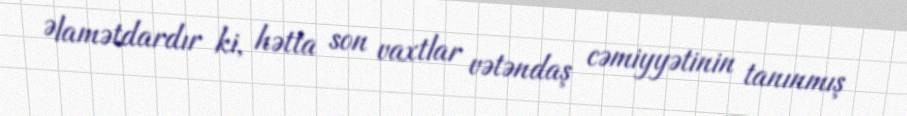
Əlamətdardır ki, hətta son vaxtlar vətəndaş cəmiyyətinin tanınmış